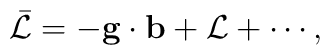
\bar {\cal L}  = - {\bf g}\cdot {\bf b} + {\cal L} +\cdots   ,